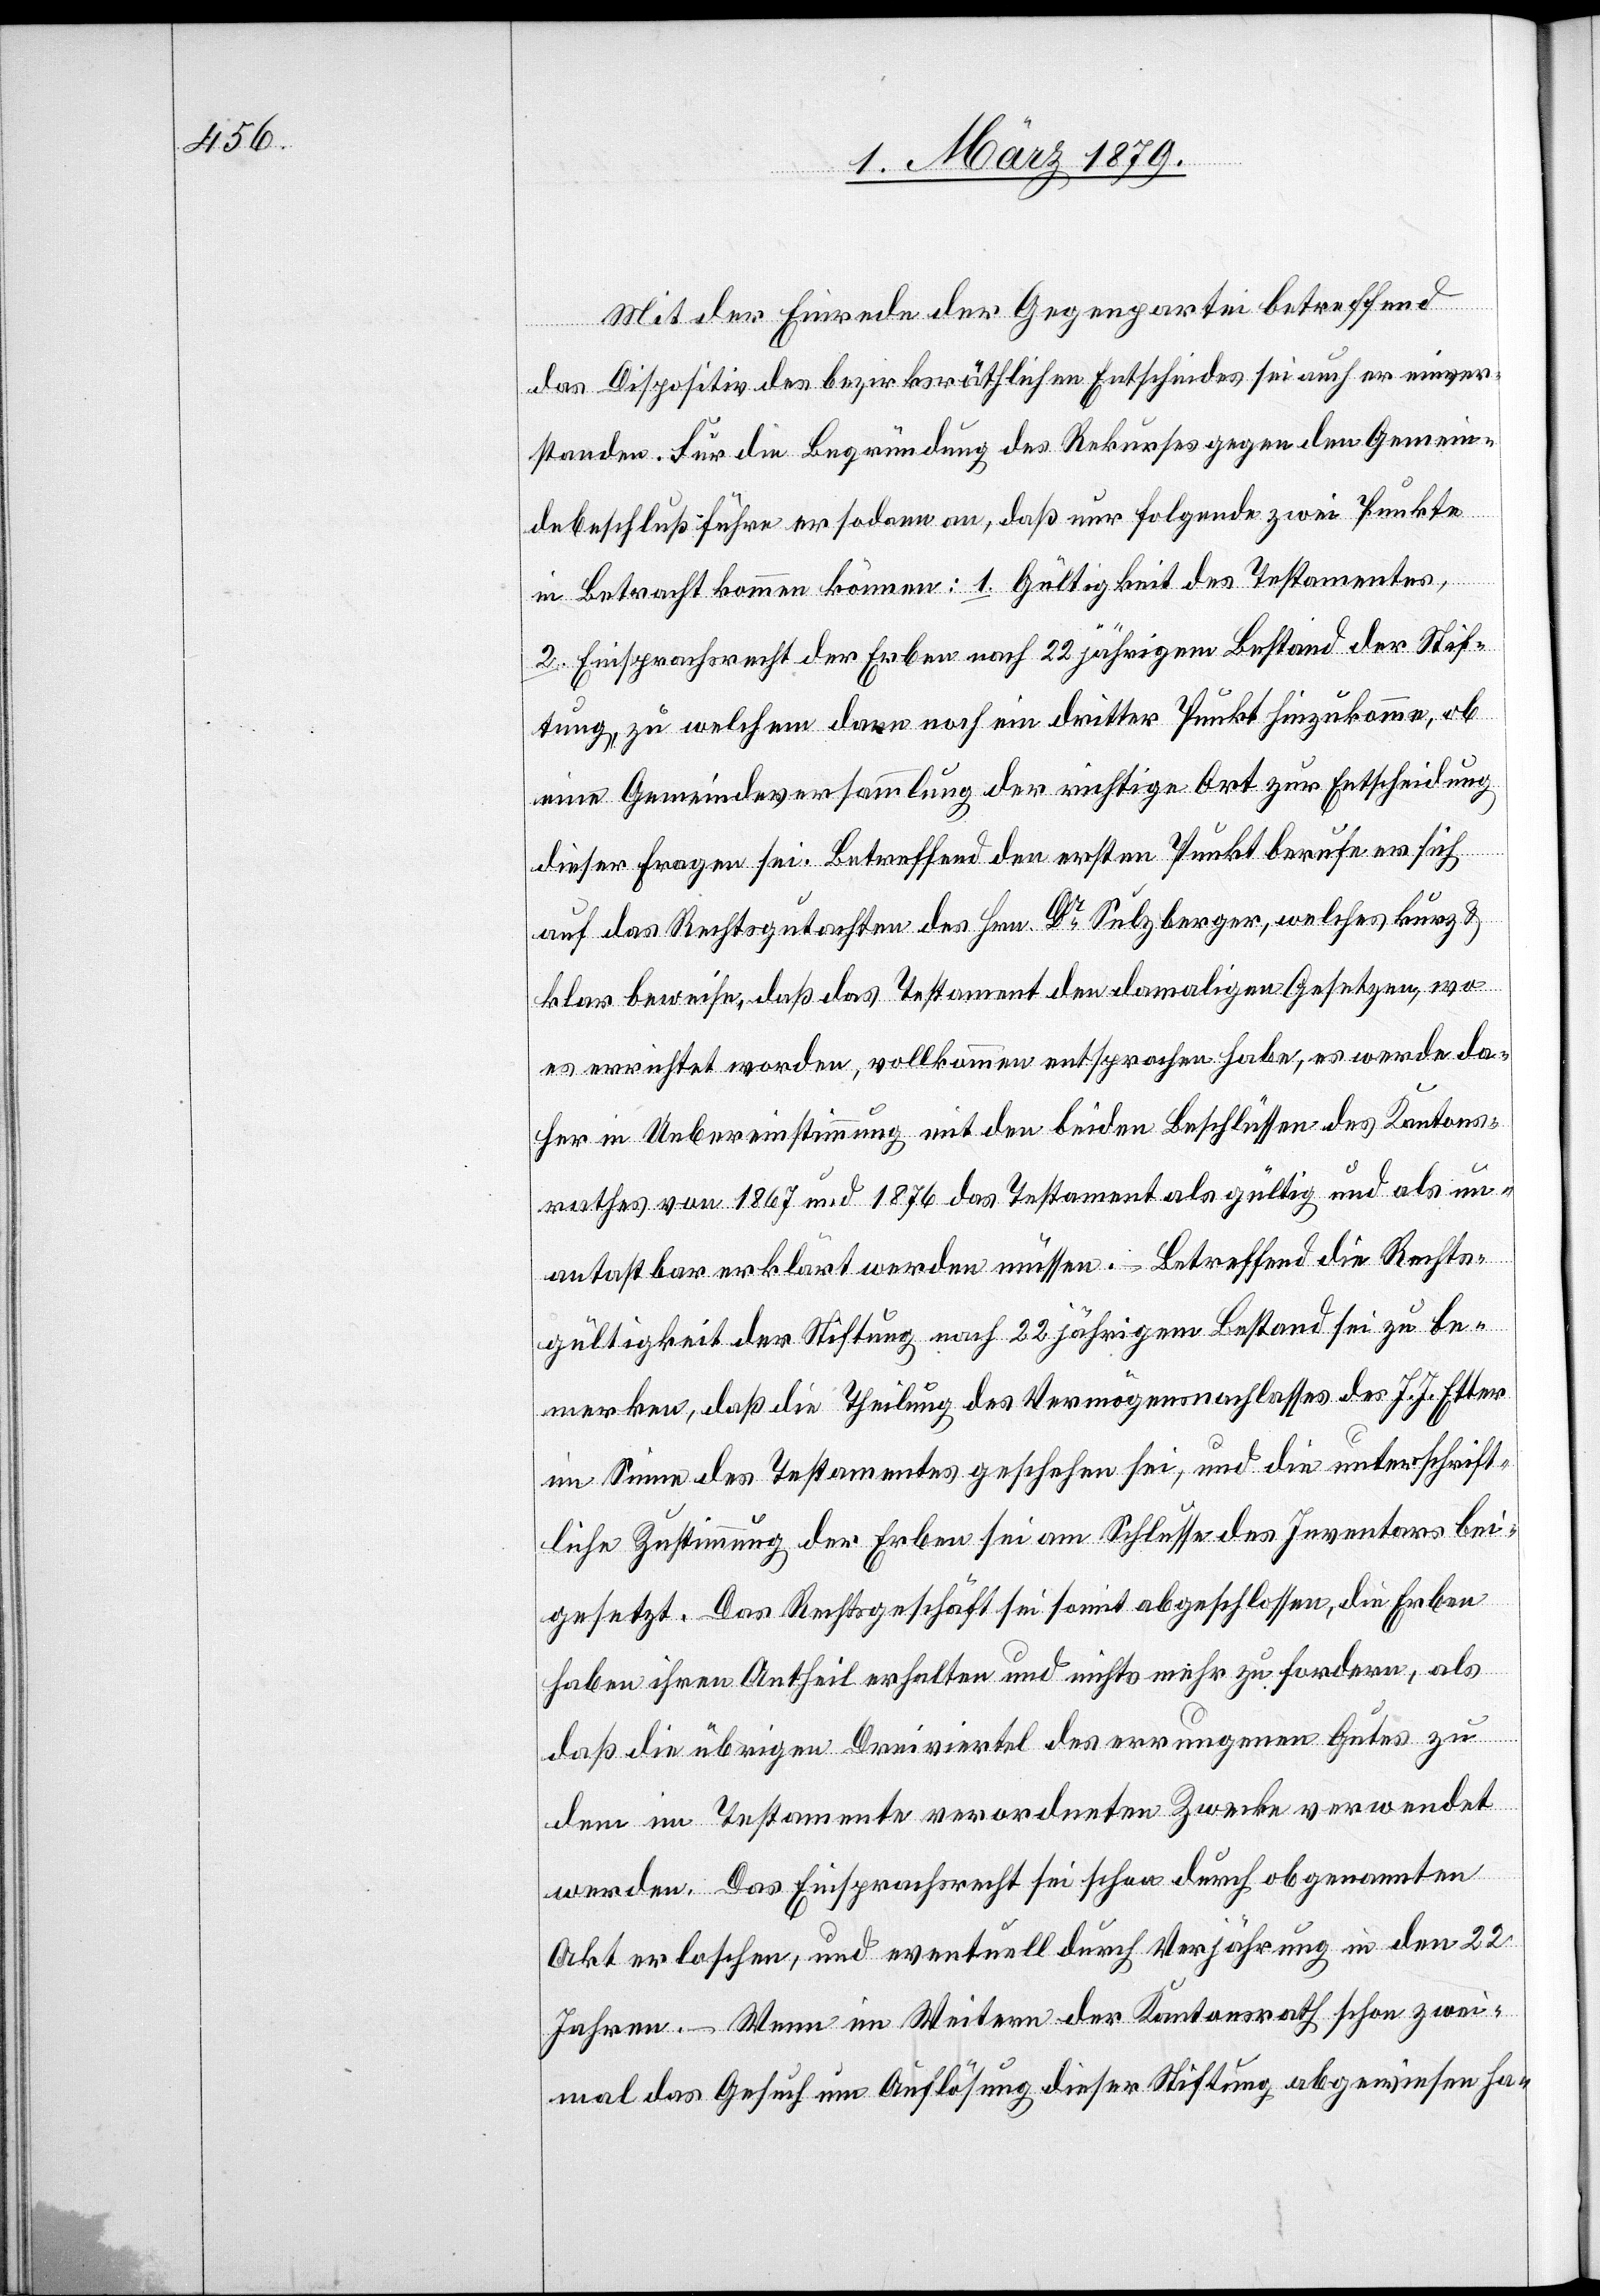
Mit der Einrede der Gegenpartei betreffend
das Dispositiv des bezirksräthlichen Entscheides sei auch er einver¬
standen. Für die Begründung des Rekurses gegen den Gemein¬
debeschluß führe er sodann an, daß nur folgende zwei Punkte
in Betreff kommen können: 1. Gültigkeit des Testamentes,
2. Einsprachsrecht der Erben nach 22 jährigem Bestand der Stif¬
tung, zu welchem dann noch ein dritter Punkt hinzukomme, ob
eine Gemeindeversammlung der richtige Ort zur Entscheidung
dieser Fragen sei. Betreffend den ersten Punkt berufe er sich
auf das Rechtsgutachten des Hrn. Dr Sulzberger, welches kurz &
klar beweise, daß das Testament den damaligen Gesetzen, wo
es errichtet worden, vollkommen entsprochen habe, es werde da¬
her in Uebereinstimmung mit den beiden Beschlüssen des Kantons¬
rathes von 1867 und 1876 das Testament als gültig und als un¬
antastbar erklärt werden müssen. – Betreffend die Rechts¬
gültigkeit der Stiftung nach 22 jährigem Bestand sei zu be¬
merken, daß die Theilung des Vermögensnachlasses des J. J. Etter
im Sinne des Testamentes geschehen sei, und die unterschrift¬
liche Zustimmung der Erben sei am Schlusse des Inventars bei¬
gesetzt. Das Rechtsgeschäft sei somit abgeschlossen, die Erben
haben ihren Antheil erhalten und nichts mehr zu fordern, als
daß die übrigen Dreiviertel des errungenen Gutes zu
dem im Testamente verordneten Zwecke verwendet
werden. Das Einsprachsrecht sei schon durch obgenannten
Akt erloschen, und eventuell durch Verjährung in den 22
Jahren. – Wenn im Weitern der Kantonsrath schon zwei¬
mal das Gesuch um Auflösung dieser Stiftung abgewiesen ha-